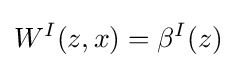
W^{I}(z,x)=\beta ^{I}(z)